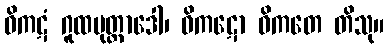
ဝိကဋံ ဂူထမုတ္တာဒေါ၊ ဝိကဋော ဝိကတေ တိသု။